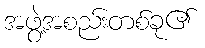
အဖွဲ့အစည်းတစ်ခု၏